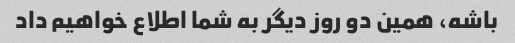
باشه، همین دو روز دیگر به شما اطلاع خواهیم داد